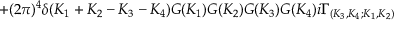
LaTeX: + ( 2 \pi ) ^ { 4 } \delta ( { K _ { 1 } + K _ { 2 } - K _ { 3 } - K _ { 4 } } ) G ( K _ { 1 } ) G ( K _ { 2 } ) G ( K _ { 3 } ) G ( K _ { 4 } ) i \Gamma _ { ( K _ { 3 } , K _ { 4 } ; K _ { 1 } , K _ { 2 } ) }